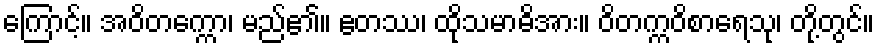
ကြောင့်။ အဝိတက္ကော၊ မည်၏။ ဧတဿ၊ ထိုသမာဓိအား။ ဝိတက္ကဝိစာရေသု၊ တို့တွင်။